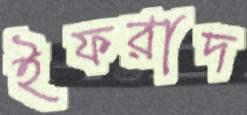
ইফরাদ